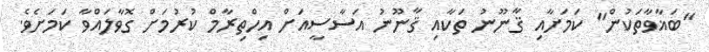
"ބަޣާވާތަކުން" ކަމަށާއި ޤާނޫނު ތަކާއި ޤާނޫނު އަސާސީއަށް އިހްތިރާމް ކުރުމަށް ގޮވާލައްވާ ކަމަށެވެ.